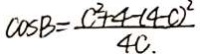
\cos B = \frac { C ^ { 2 } + 4 - ( 4 - c ) ^ { 2 } } { 4 c . }